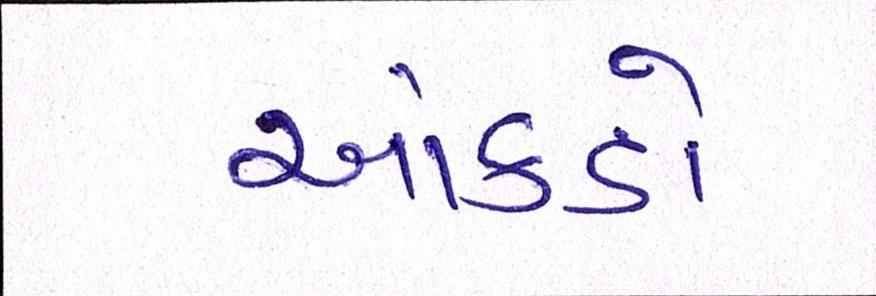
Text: આંકડો